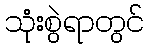
သုံးစွဲရာတွင်